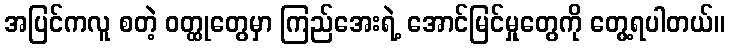
အပြင်ကလူ စတဲ့ ဝတ္ထုတွေမှာ ကြည်အေးရဲ့ အောင်မြင်မှုတွေကို တွေ့ရပါတယ်။